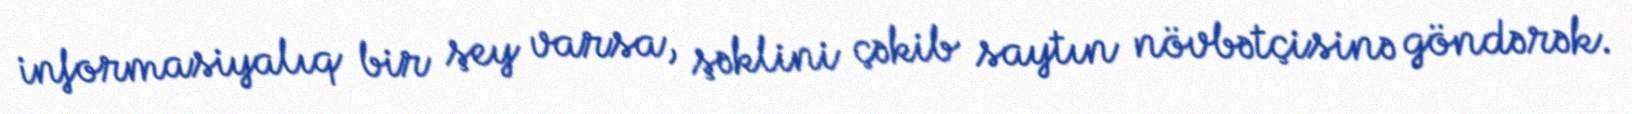
informasiyalıq bir şey varsa, şəklini çəkib saytın növbətçisinə göndərək.